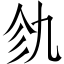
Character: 𫡦